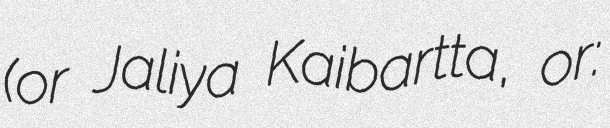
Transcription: (or Jaliya Kaibartta, or: